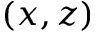
( x , z )